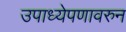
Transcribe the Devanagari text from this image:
उपाध्येपणावरुन